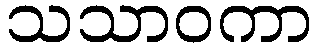
သသာဝကာ